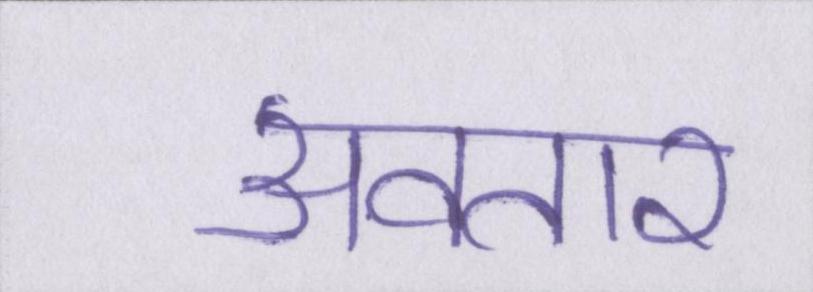
अवतार